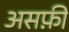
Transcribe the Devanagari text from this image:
असफ़ी